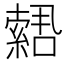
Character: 𫧫